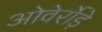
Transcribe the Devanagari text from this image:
ओवेर्रोड़े